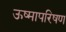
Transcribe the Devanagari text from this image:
ऊष्मापरिषण